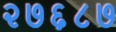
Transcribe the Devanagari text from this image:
२७६८७